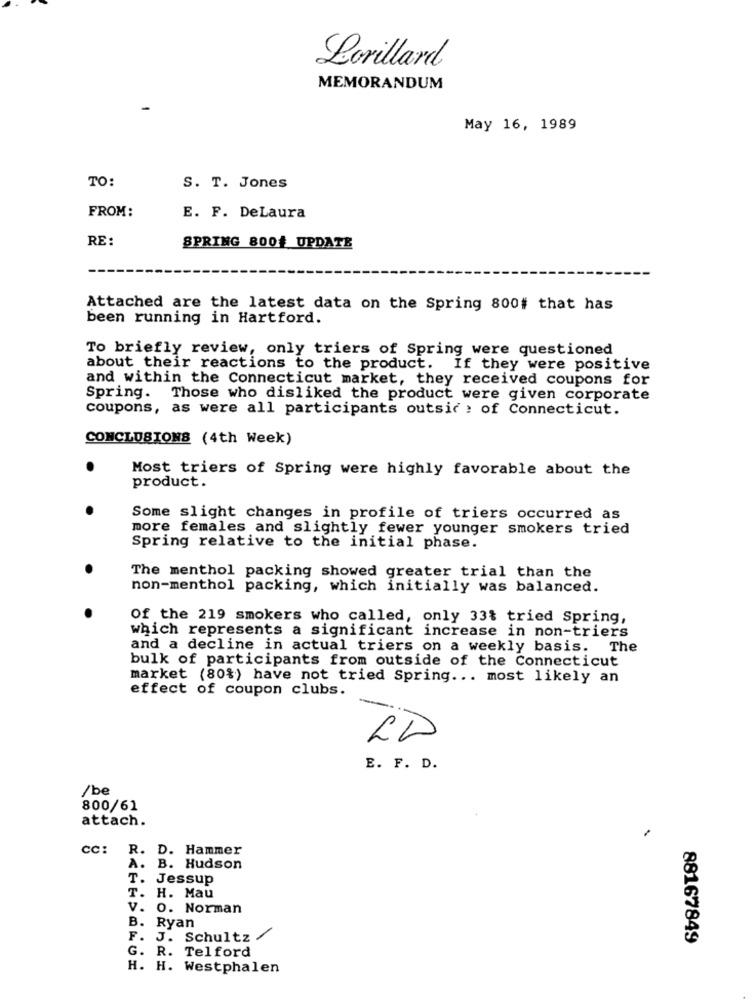
Lorillard
MEMORANDUM
May 16, 1989
TO:
S. T. Jones
FROM:
E. F. DeLaura
RE:
SPRING 8004 UPDATE
Attached are the latest data on the Spring 800# that has
been running in Hartford.
To briefly review, only triers of Spring were questioned
about their reactions to the product. If they were positive
and within the Connecticut market, they received coupons for
Spring. Those who disliked the product were given corporate
coupons, as were all participants outsic: of Connecticut.
CONCLUSIONS (4th Week)
Most triers of Spring were highly favorable about the
product.
Some slight changes in profile of triers occurred as
more females and slightly fewer younger smokers tried
Spring relative to the initial phase.
The menthol packing showed greater trial than the
non-menthol packing, which initially was balanced.
Of the 219 smokers who called, only 33% tried Spring,
which represents a significant increase in non-triers
and a decline in actual triers on a weekly basis.
The
bulk of participants from outside of the Connecticut
market (80%) have not tried Spring ... most likely an
effect of coupon clubs.
LD
E. F. D.
/be
800/61
attach.
.
CC:
R. D. Hammer
A.
B. Hudson
T.
Jessup
H. Mau
V.
0. Norman
B.
Ryan
F. J. Schultz
88167849
G. R. Telford
H. H. Westphalen